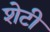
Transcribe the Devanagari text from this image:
शेटी